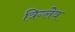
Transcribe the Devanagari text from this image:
त्रिग्लेव